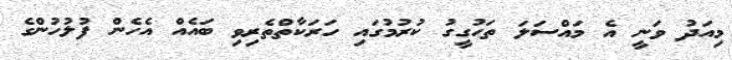
މިއަދު ވަނީ އެ މައްސަލަ ތަހުގީގު ކުރުމުގައި ހަރަކާތްތެރިވި ބައެއް އެހެން ފުލުހުންގެ